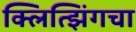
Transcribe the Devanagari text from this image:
क्लित्झिंगचा